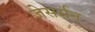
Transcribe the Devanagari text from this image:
जेसर्सन